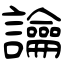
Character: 讑